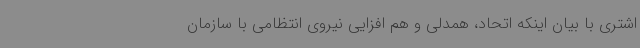
اشتری با بیان اینکه اتحاد، همدلی و هم افزایی نیروی انتظامی با سازمان